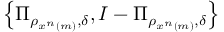
\left\{ \Pi _ { \rho _ { x ^ { n } \left( m \right) } , \delta } , I - \Pi _ { \rho _ { x ^ { n } \left( m \right) } , \delta } \right\}